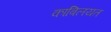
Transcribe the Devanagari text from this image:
काबिलयत